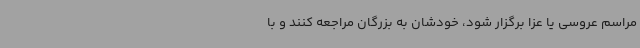
مراسم عروسی یا عزا برگزار شود، خودشان به بزرگان مراجعه کنند و با